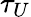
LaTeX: \tau_{U}